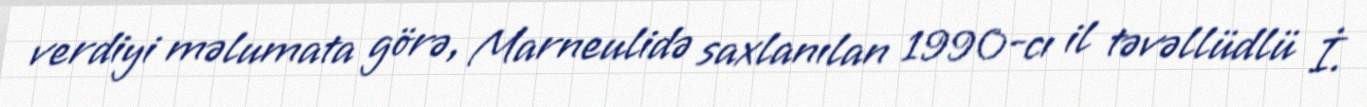
verdiyi məlumata görə, Marneulidə saxlanılan 1990-cı il təvəllüdlü İ.